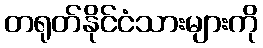
တရုတ်နိုင်ငံသားများကို